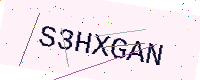
Text: S3HXGAN